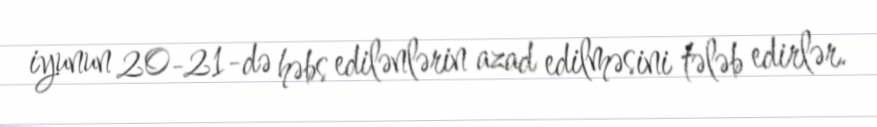
iyunun 20-21-də həbs edilənlərin azad edilməsini tələb edirlər.